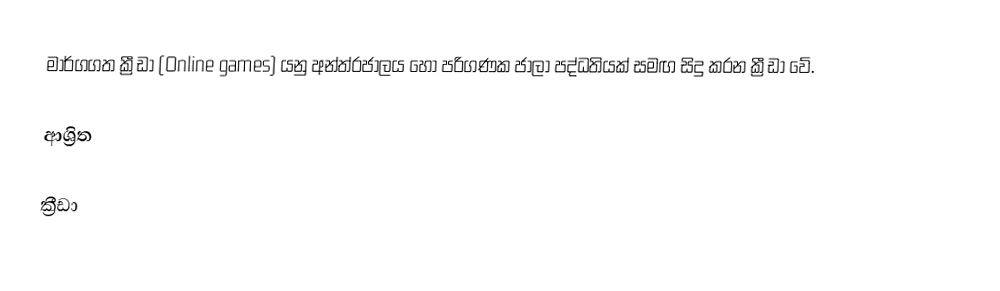
මාර්ගගත ක්‍රීඩා (Online games) යනු අන්ත්රජාලය හෝ පරිගණක ජාලා පද්ධතියක් සමඟ සිදු කරන ක්‍රීඩා වේ.

ආශ්‍රිත

ක්‍රීඩා